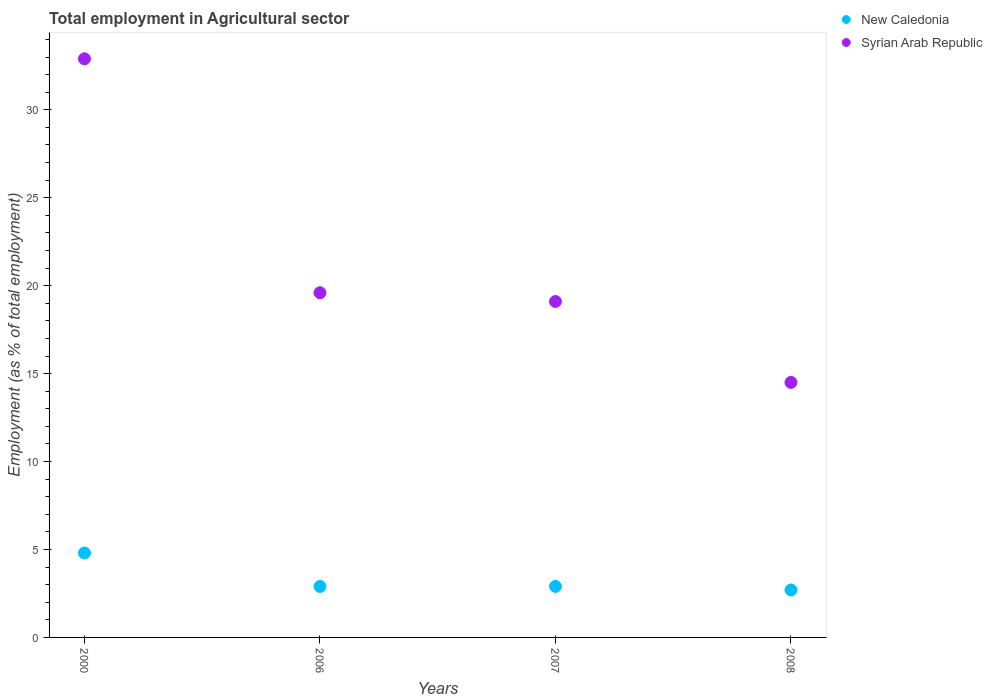
| Years | New Caledonia | Syrian Arab Republic |
 | --- | --- | --- |
 | 2000 | 4.8 | 32.9 |
 | 2006 | 2.9 | 19.6 |
 | 2007 | 2.9 | 19.1 |
 | 2008 | 2.7 | 14.5 |